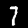
Digit: 7